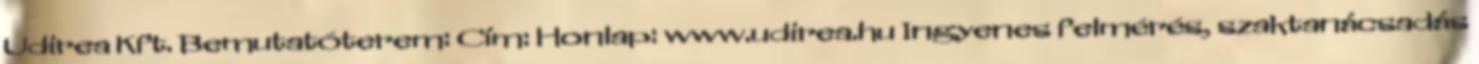
Udirea Kft. Bemutatóterem: Cím: Honlap: www.udirea.hu Ingyenes felmérés, szaktanácsadás